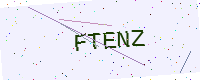
Text: FTENZ